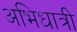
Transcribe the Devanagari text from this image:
अभिधात्री